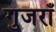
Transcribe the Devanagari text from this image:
गुजराँ